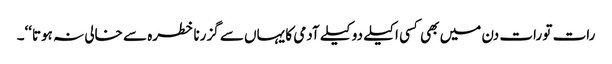
رات تو رات دن میں بھی کسی اکیلے دو کیلے آدمی کا یہاں سے گزرنا خطرہ سے خالی نہ ہوتا‘‘۔